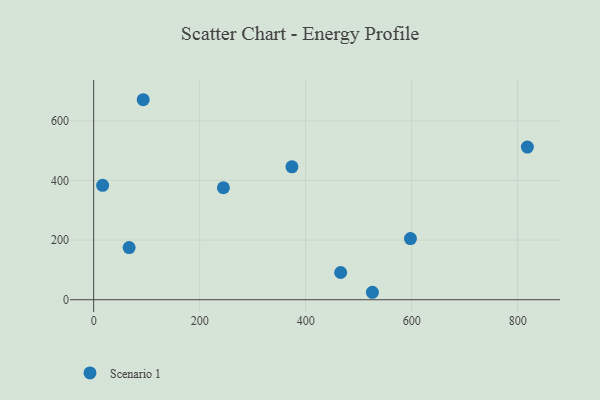
{"axis": {"x": "Ad Spend", "y": "Profit"}, "legend": ["Scenario 1"], "data": [{"x": "16.9", "y": 383.6, "type": "Scenario 1"}, {"x": "525.9", "y": 25.0, "type": "Scenario 1"}, {"x": "466.0", "y": 91.3, "type": "Scenario 1"}, {"x": "597.7", "y": 205.1, "type": "Scenario 1"}, {"x": "93.5", "y": 670.8, "type": "Scenario 1"}, {"x": "374.1", "y": 445.6, "type": "Scenario 1"}, {"x": "818.3", "y": 512.0, "type": "Scenario 1"}, {"x": "244.8", "y": 375.5, "type": "Scenario 1"}, {"x": "66.9", "y": 174.9, "type": "Scenario 1"}]}